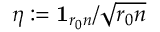
\eta : = \mathbf { 1 } _ { r _ { 0 } n } / \sqrt { r _ { 0 } n }